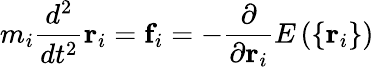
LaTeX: m_{i}\frac{d^{2}}{dt^{2}}\mathbf{r}_{i}=\mathbf{f}_{i}=-\frac{\partial}{\partial\mathbf{r}_{i}}E\left(\left\{ \mathbf{r}_{i}\right\} \right)